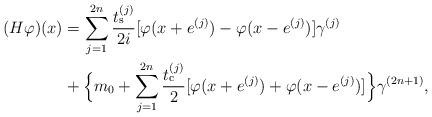
LaTeX: \begin{align*}(H\varphi)(x)&=\sum_{j=1}^{2n} \frac{t_{\rm s}^{(j)}}{2i}[\varphi(x+e^{(j)})-\varphi(x-e^{(j)})]\gamma^{(j)}\\&+\Big\{m_0+\sum_{j=1}^{2n}\frac{t_{\rm c}^{(j)}}{2}[\varphi(x+e^{(j)})+\varphi(x-e^{(j)})]\Big\}\gamma^{(2n+1)}, \end{align*}